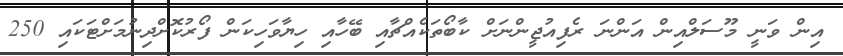
އިން ވަނީ މޫސަލްއިން އަންނަ ރެފިއުޖީންނަށް ކާބޯތަކެއްޗާއި ބޭހާއި ހިޔާވަހިކަން ފޯރުކޮށްދިނުމަށްޓަކައި 250